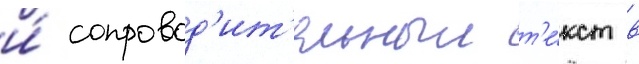
и́ сопровод'ит'ельныи т'е́кст в